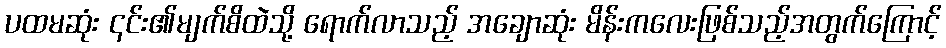
ပထမဆုံး ၎င်း၏မျက်စိထဲသို့ ရောက်လာသည့် အချောဆုံး မိန်းကလေးဖြစ်သည့်အတွက်ကြောင့်